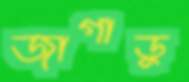
জাগাডু